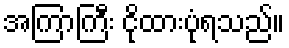
အကြာကြီး ငိုထားပုံရသည်။